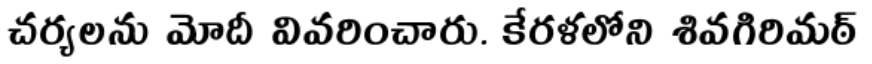
చర్యలను మోదీ వివరించారు. కేరళలోని శివగిరిమఠ్